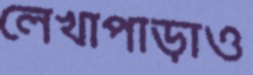
লেখাপাড়াও